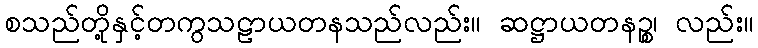
စသည်တို့နှင့်တကွသဠာယတနသည်လည်း။ ဆဋ္ဌာယတနဉ္စ၊ လည်း။